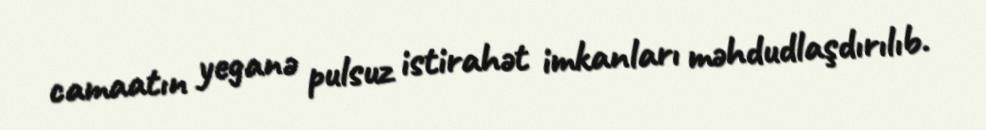
camaatın yeganə pulsuz istirahət imkanları məhdudlaşdırılıb.